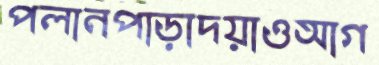
পলানপাড়াদয়াওআগ